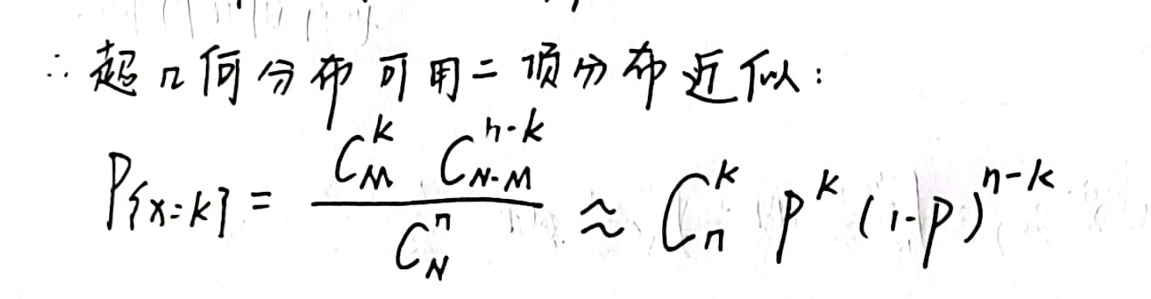
$\therefore $超几何分布可用二项分布近似： \\
$P_{\{X = k\}}=\frac{C_{M}^{k}C_{N - M}^{n - k}}{C_{N}^{n}}\approx C_{n}^{k}p^{k}(1 - p)^{n - k}$